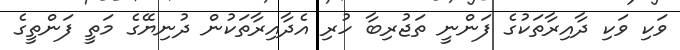
ވަކި ވަކި ދާއިރާތަކުގެ ފަންނީ ތަޖުރިބާ ހުރި އެދާއިރާތަކުން ދުނިޔޭގެ މަތީ ފަންތީގެ